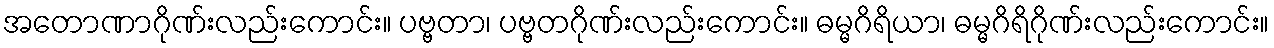
အတောဏာဂိုဏ်းလည်းကောင်း။ ပဗ္ဗတာ၊ ပဗ္ဗတဂိုဏ်းလည်းကောင်း။ ဓမ္မဂိရိယာ၊ ဓမ္မဂိရိဂိုဏ်းလည်းကောင်း။